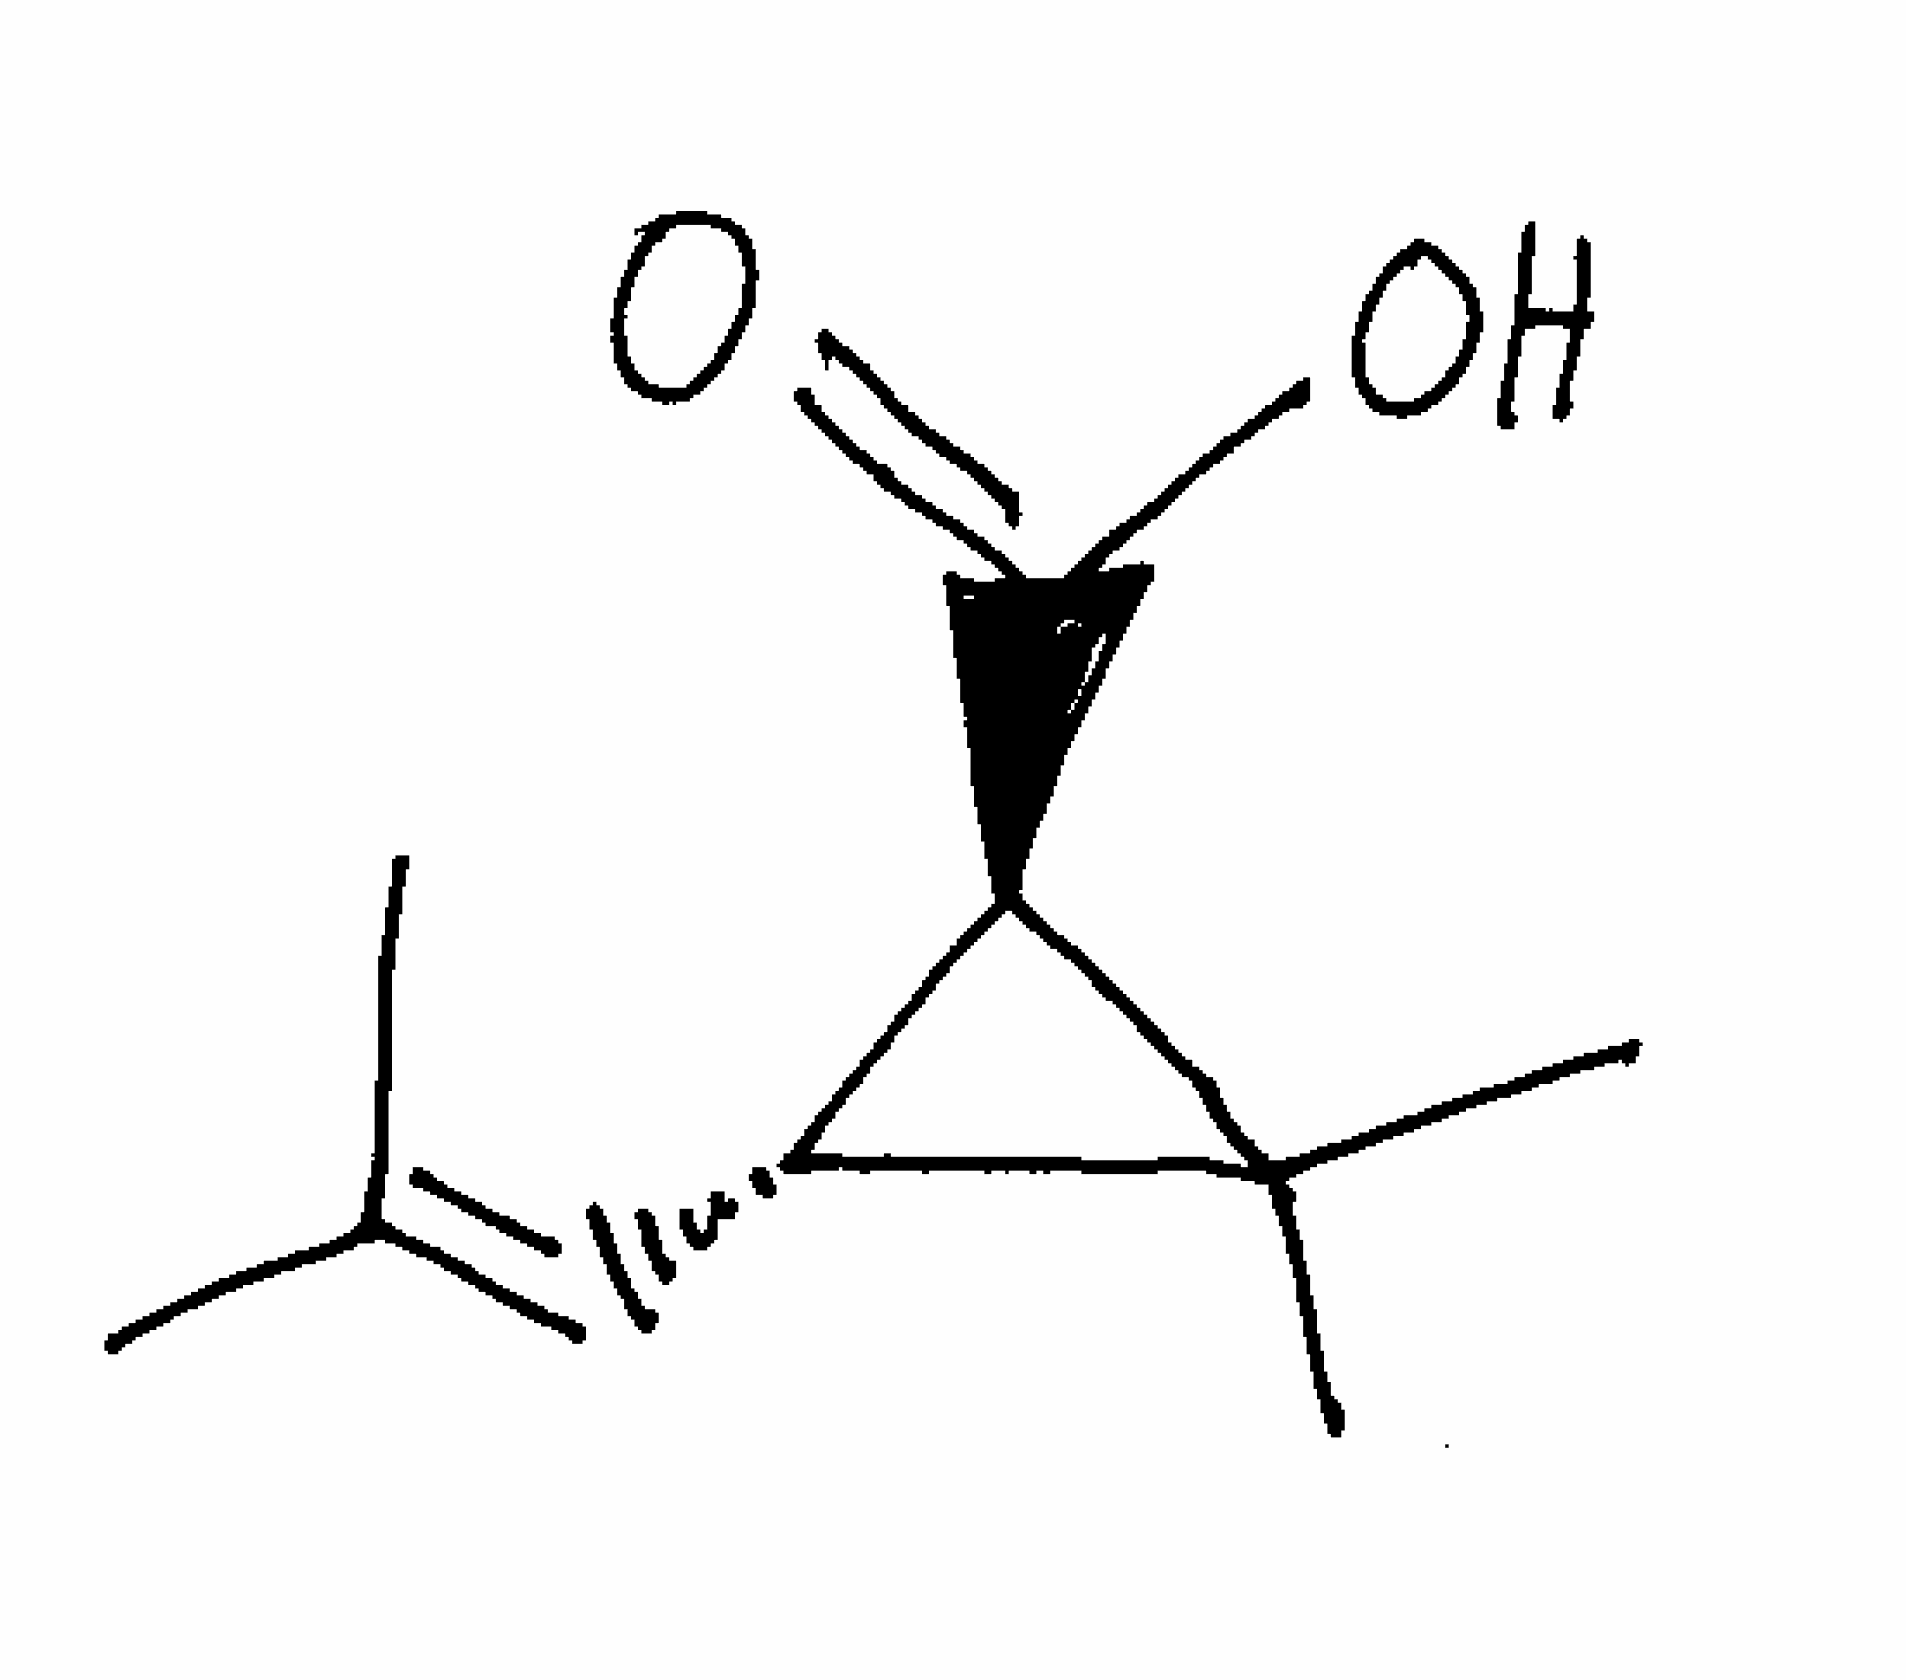
Simplified molecular-input line-entry system (SMILES) notation of the given molecule:
CC(=C[C@@H]1[C@H](C1(C)C)C(=O)O)C